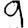
Digit: 9